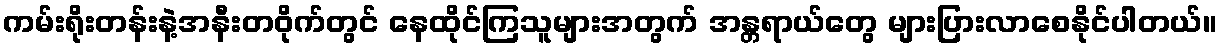
ကမ်းရိုးတန်းနဲ့အနီးတဝိုက်တွင် နေထိုင်ကြသူများအတွက် အန္တရာယ်တွေ များပြားလာစေနိုင်ပါတယ်။